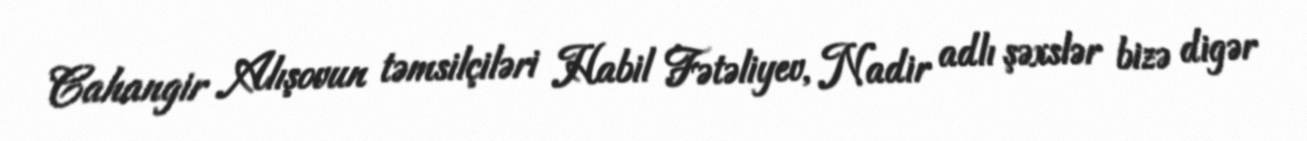
Cahangir Alışovun təmsilçiləri Habil Fətəliyev, Nadir adlı şəxslər bizə digər